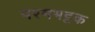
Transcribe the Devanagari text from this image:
परमभट्टक